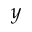
y